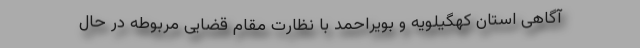
آگاهی استان کهگیلویه و بویراحمد با نظارت مقام قضایی مربوطه در حال